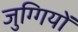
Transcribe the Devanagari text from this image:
जुग्गियों